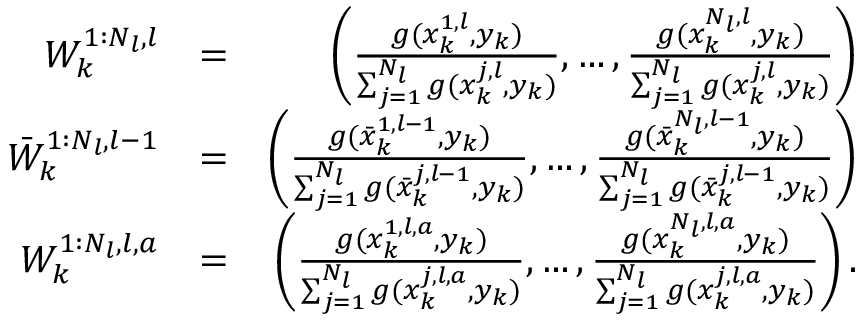
\begin{array} { r l r } { W _ { k } ^ { 1 : N _ { l } , l } } & { = } & { \left( \frac { g ( x _ { k } ^ { 1 , l } , y _ { k } ) } { \sum _ { j = 1 } ^ { N _ { l } } g ( x _ { k } ^ { j , l } , y _ { k } ) } , \dots , \frac { g ( x _ { k } ^ { N _ { l } , l } , y _ { k } ) } { \sum _ { j = 1 } ^ { N _ { l } } g ( x _ { k } ^ { j , l } , y _ { k } ) } \right) } \\ { \bar { W } _ { k } ^ { 1 : N _ { l } , l - 1 } } & { = } & { \left( \frac { g ( \bar { x } _ { k } ^ { 1 , l - 1 } , y _ { k } ) } { \sum _ { j = 1 } ^ { N _ { l } } g ( \bar { x } _ { k } ^ { j , l - 1 } , y _ { k } ) } , \dots , \frac { g ( \bar { x } _ { k } ^ { N _ { l } , l - 1 } , y _ { k } ) } { \sum _ { j = 1 } ^ { N _ { l } } g ( \bar { x } _ { k } ^ { j , l - 1 } , y _ { k } ) } \right) } \\ { W _ { k } ^ { 1 : N _ { l } , l , a } } & { = } & { \left( \frac { g ( x _ { k } ^ { 1 , l , a } , y _ { k } ) } { \sum _ { j = 1 } ^ { N _ { l } } g ( x _ { k } ^ { j , l , a } , y _ { k } ) } , \dots , \frac { g ( x _ { k } ^ { N _ { l } , l , a } , y _ { k } ) } { \sum _ { j = 1 } ^ { N _ { l } } g ( x _ { k } ^ { j , l , a } , y _ { k } ) } \right) . } \end{array}